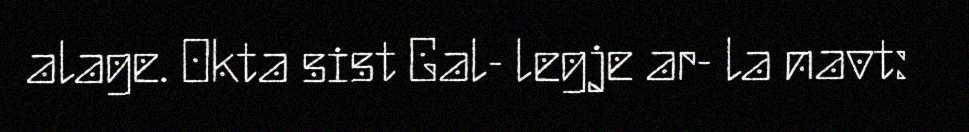
alage. Okta sist Gal- legje ar- la navt: